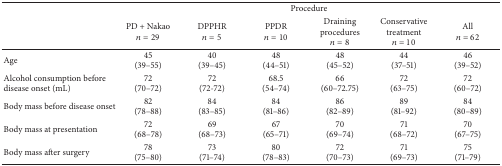
|  | <COLSPAN=6> Procedure |
 |  | PD + Nakao n = 29 | DPPHR n = 5 | PPDR n = 10 | Draining procedures n = 8 | Conservative treatment n = 10 | All n = 62 |
 | --- | --- | --- | --- | --- | --- | --- |
 | Age | 45(39–55) | 40(39–45) | 48(44–51) | 48(45–52) | 44(37–51) | 46(39–52) |
 | Alcohol consumption before disease onset (mL) | 72 (70–72) | 72(72-72) | 68.5 (54–74) | 66 (60–72.75) | 72 (63–75) | 72 (60–72) |
 | Body mass before disease onset | 82 (78–88) | 84 (83–85) | 84 (81–86) | 86 (82–89) | 89 (81–92) | 84 (80–89) |
 | Body mass at presentation | 72 (68–78) | 69 (68–73) | 67 (65–71) | 70 (69–74) | 71 (68–72) | 70 (67–75) |
 | Body mass after surgery | 78 (75–80) | 73 (71–74) | 80 (78–83) | 72 (70–73) | 71 (69–73) | 75 (71–79) |